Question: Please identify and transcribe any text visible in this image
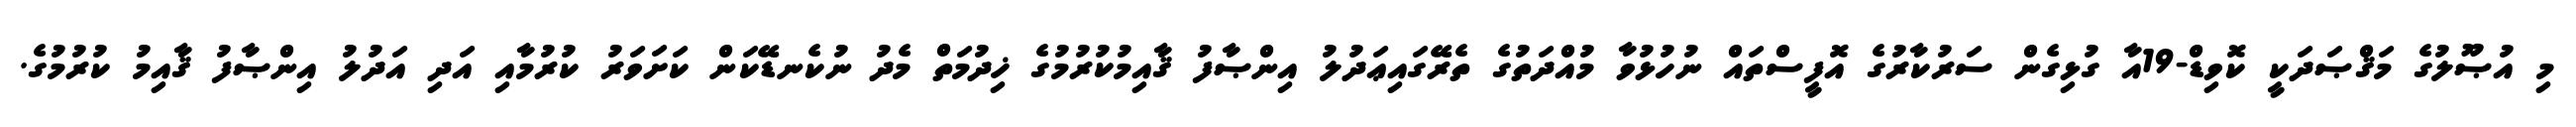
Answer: މި އުޞޫލުގެ މަޤްޞަދަކީ ކޮވިޑް-19އާ ގުޅިގެން ސަރުކާރުގެ އޮފީސްތައް ނުހުޅުވާ މުއްދަތުގެ ތެރޭގައިޢަދުލު އިންޞާފު ޤާއިމުކުރުމުގެ ޚިދުމަތް މެދު ނުކެނޑޭކަން ކަށަވަރު ކުރުމާއި އަދި އަދުލު އިންޞާފު ޤާއިމު ކުރުމުގެ.